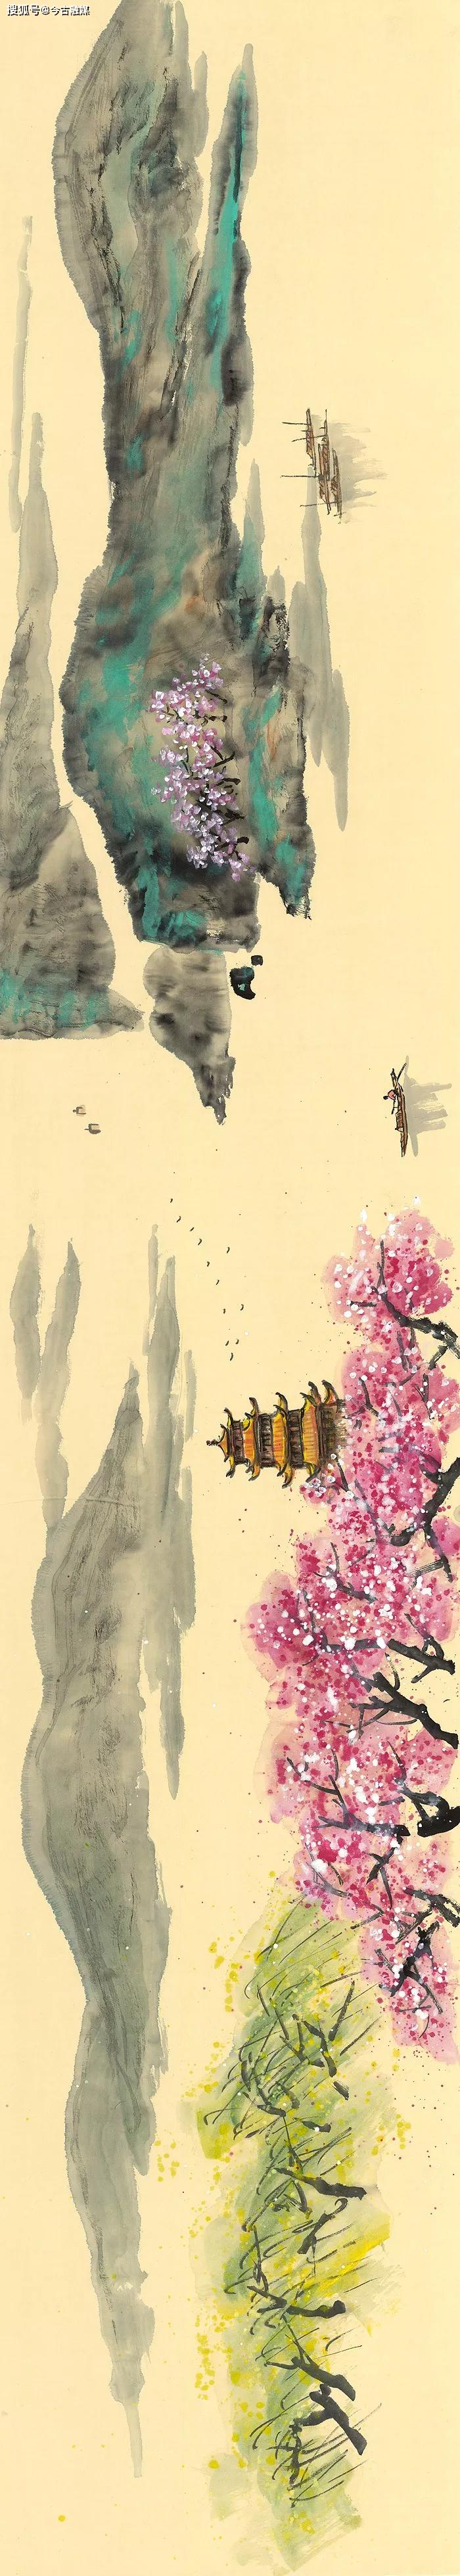
星河秋一雁，砧杵夜千家。